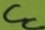
Text: Cc